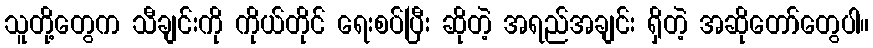
သူတို့တွေက သီချင်းကို ကိုယ်တိုင် ရေးစပ်ပြီး ဆိုတဲ့ အရည်အချင်း ရှိတဲ့ အဆိုတော်တွေပါ။